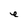
Character: e